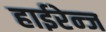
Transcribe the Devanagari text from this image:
हाईरेन्ज